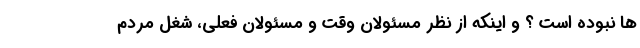
ها نبوده است ؟ و اینکه از نظر مسئولان وقت و مسئولان فعلی، شغل مردم